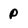
Character: P